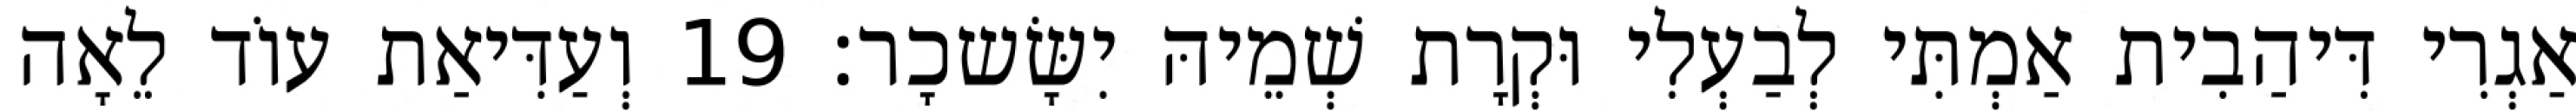
אַגְרִי דִּיהַבִית אַמְתִּי לְבַעְלִי וּקְרָת שְׁמֵיהּ יִשָּׂשכָר׃ 19 וְעַדִּיאַת עוֹד לֵאָה